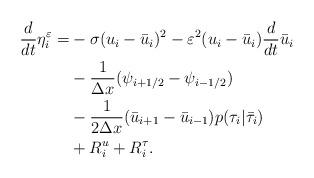
LaTeX: \begin{align*} \begin{aligned} \dfrac{d}{dt}\eta_i^\varepsilon = & -\sigma (u_i-\bar u_i)^2 -\varepsilon^2 (u_i-\bar u_i) \dfrac{d}{dt}\bar u_i \\ &-\dfrac{1}{\Delta x}(\psi_{i+1/2} - \psi_{i-1/2})\\ &- \dfrac{1}{2 \Delta x}(\bar u_{i+1}-\bar u_{i-1})p (\tau_i|\bar \tau_i)\\ &+R_i^u + R_i^\tau. \end{aligned} \end{align*}